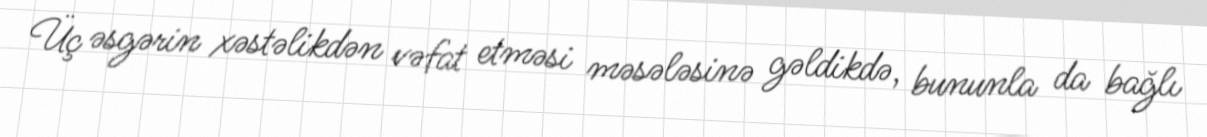
Üç əsgərin xəstəlikdən vəfat etməsi məsələsinə gəldikdə, bununla da bağlı